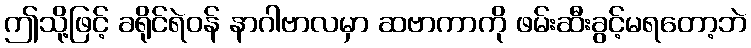
ဤသို့ဖြင့် ခရိုင်ရဲဝန် နာဂါဗာလမှာ ဆဗာကာကို ဖမ်းဆီးခွင့်မရတော့ဘဲ